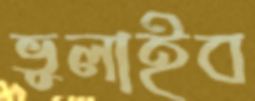
ভুলাইব